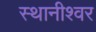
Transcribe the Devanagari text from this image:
स्थानीश्वर